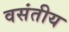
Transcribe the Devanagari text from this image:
वसंतीय